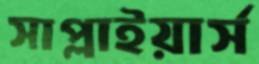
সাপ্লাইয়ার্স